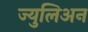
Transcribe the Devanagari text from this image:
ज्युलिअन